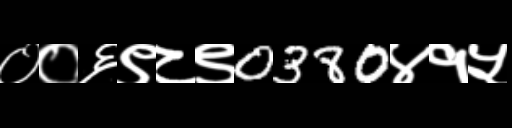
Text: ००६९८९0380४१५